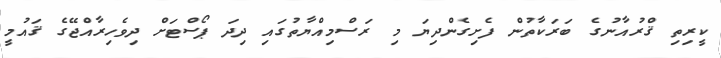
ކީރިތި ޤްރުއާނުގެ ބަރަކާތުން ފެށިގެންދިޔަ މި ރަސްމިއްޔާތުގައި ދިދަ ޕޯސްޓަށް ދިވެހިރާއްޖޭގެ ޤައުމީ